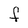
Character: F